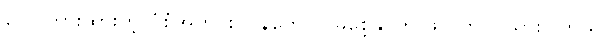
ပေါင်ကားထားတဲ့ ပုံစံအတိုင်း ပြန်တောင် မစေ့နိုင်ဘဲ ဖလက် ပြသွားပါတယ်။